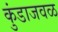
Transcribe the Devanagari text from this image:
कुंडाजवळ